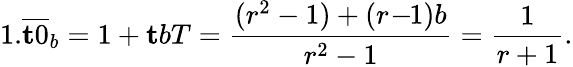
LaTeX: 1.{\overline{{\mathbf{t}0}}}_{b}=1+\mathbf{t}bT={\frac{(r^{2}-1)+(r\! -\! \! 1)b}{r^{2}-1}}={\frac{1}{r+1}}.